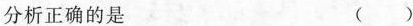
分析正确的是 ()